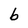
Character: b